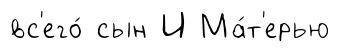
вс'его́ сын И Ма́т'ерью